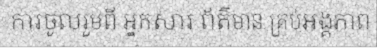
ការចូលរួមពី អ្នកសារ ព័ត៌មាន គ្រប់អង្គភាព